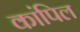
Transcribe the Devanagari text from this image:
कांपिल